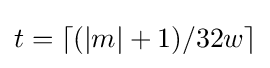
t=\lceil (|m|+1)/32w\rceil